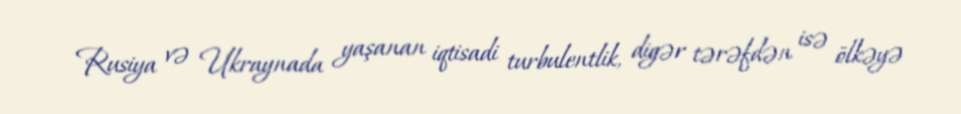
Rusiya və Ukraynada yaşanan iqtisadi turbulentlik, digər tərəfdən isə ölkəyə